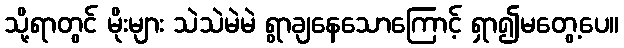
သို့ရာတွင် မိုးများ သဲသဲမဲမဲ ရွာချနေသောကြောင့် ရှာ၍မတွေ့ပေ။